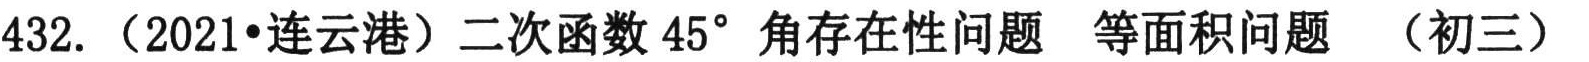
432.（2021•连云港）二次函数\(45^{\circ}\)角存在性问题 等面积问题 （初三）